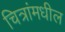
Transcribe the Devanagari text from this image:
चित्रांमधील